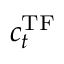
c _ { t } ^ { \operatorname { T F } }